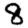
Digit: 8